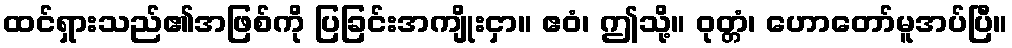
ထင်ရှားသည်၏အဖြစ်ကို ပြခြင်းအကျိုးငှာ။ ဧဝံ၊ ဤသို့။ ဝုတ္တံ၊ ဟောတော်မူအပ်ပြီ။